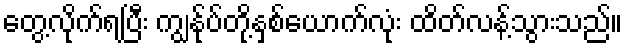
တွေ့လိုက်ရပြီး ကျွန်ုပ်တို့နှစ်ယောက်လုံး ထိတ်လန့်သွားသည်။